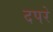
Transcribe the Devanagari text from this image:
दपरे